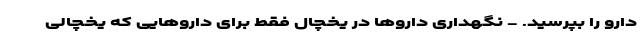
دارو را بپرسید. - نگهداری داروها در یخچال فقط برای داروهایی که یخچالی